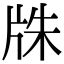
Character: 㸡